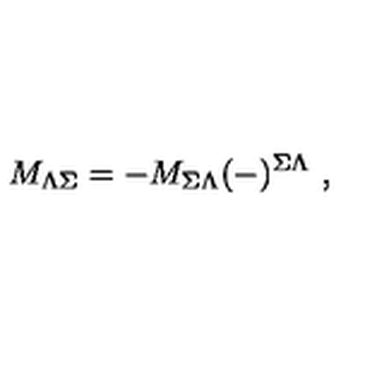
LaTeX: M _ { \Lambda \Sigma } = - M _ { \Sigma \Lambda } ( - ) ^ { \Sigma \Lambda } \ ,